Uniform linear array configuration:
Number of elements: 32
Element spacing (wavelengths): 0.25
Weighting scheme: blackman
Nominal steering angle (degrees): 0
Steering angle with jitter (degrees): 0.7264
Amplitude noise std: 0.05
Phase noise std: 0.05

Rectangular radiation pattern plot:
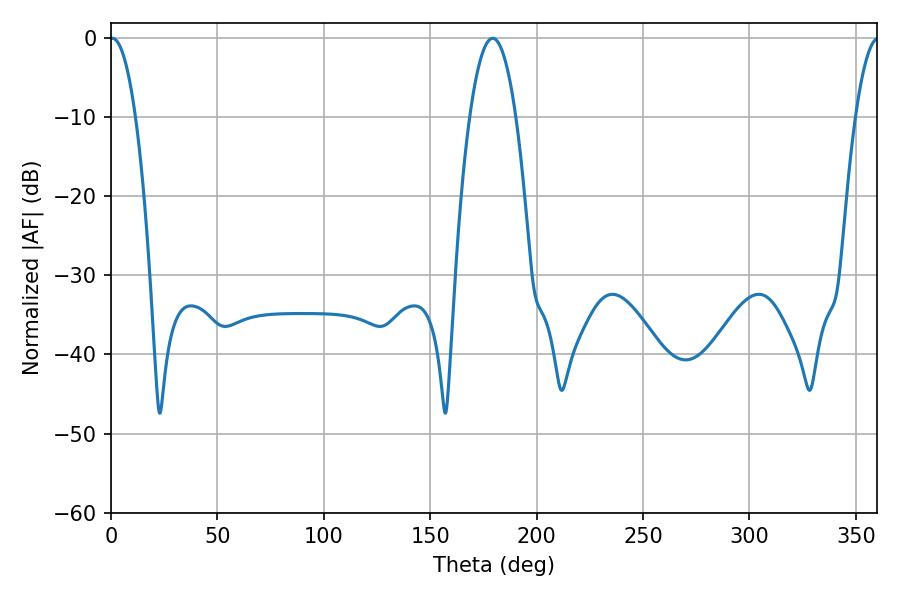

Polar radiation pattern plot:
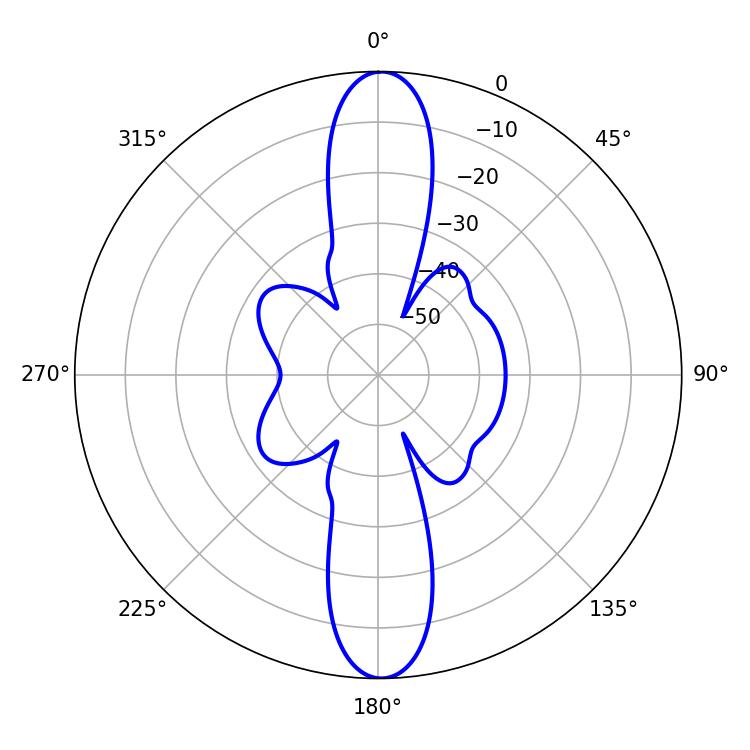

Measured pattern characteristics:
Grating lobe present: FALSE
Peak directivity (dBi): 26.008
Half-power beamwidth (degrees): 6.66
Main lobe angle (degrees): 0.72